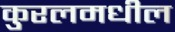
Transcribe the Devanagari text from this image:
कुरलमधील